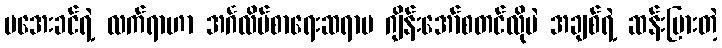
မအေးခင်ရဲ့ လက်ရာဟာ အင်္ဂလိပ်စာရေးဆရာမ ဂျိန်းအော်စတင်လိုပဲ အချစ်ရဲ့ ဆန်းပြားတဲ့